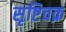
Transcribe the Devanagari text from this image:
सृष्टिचक्र